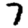
Digit: 7